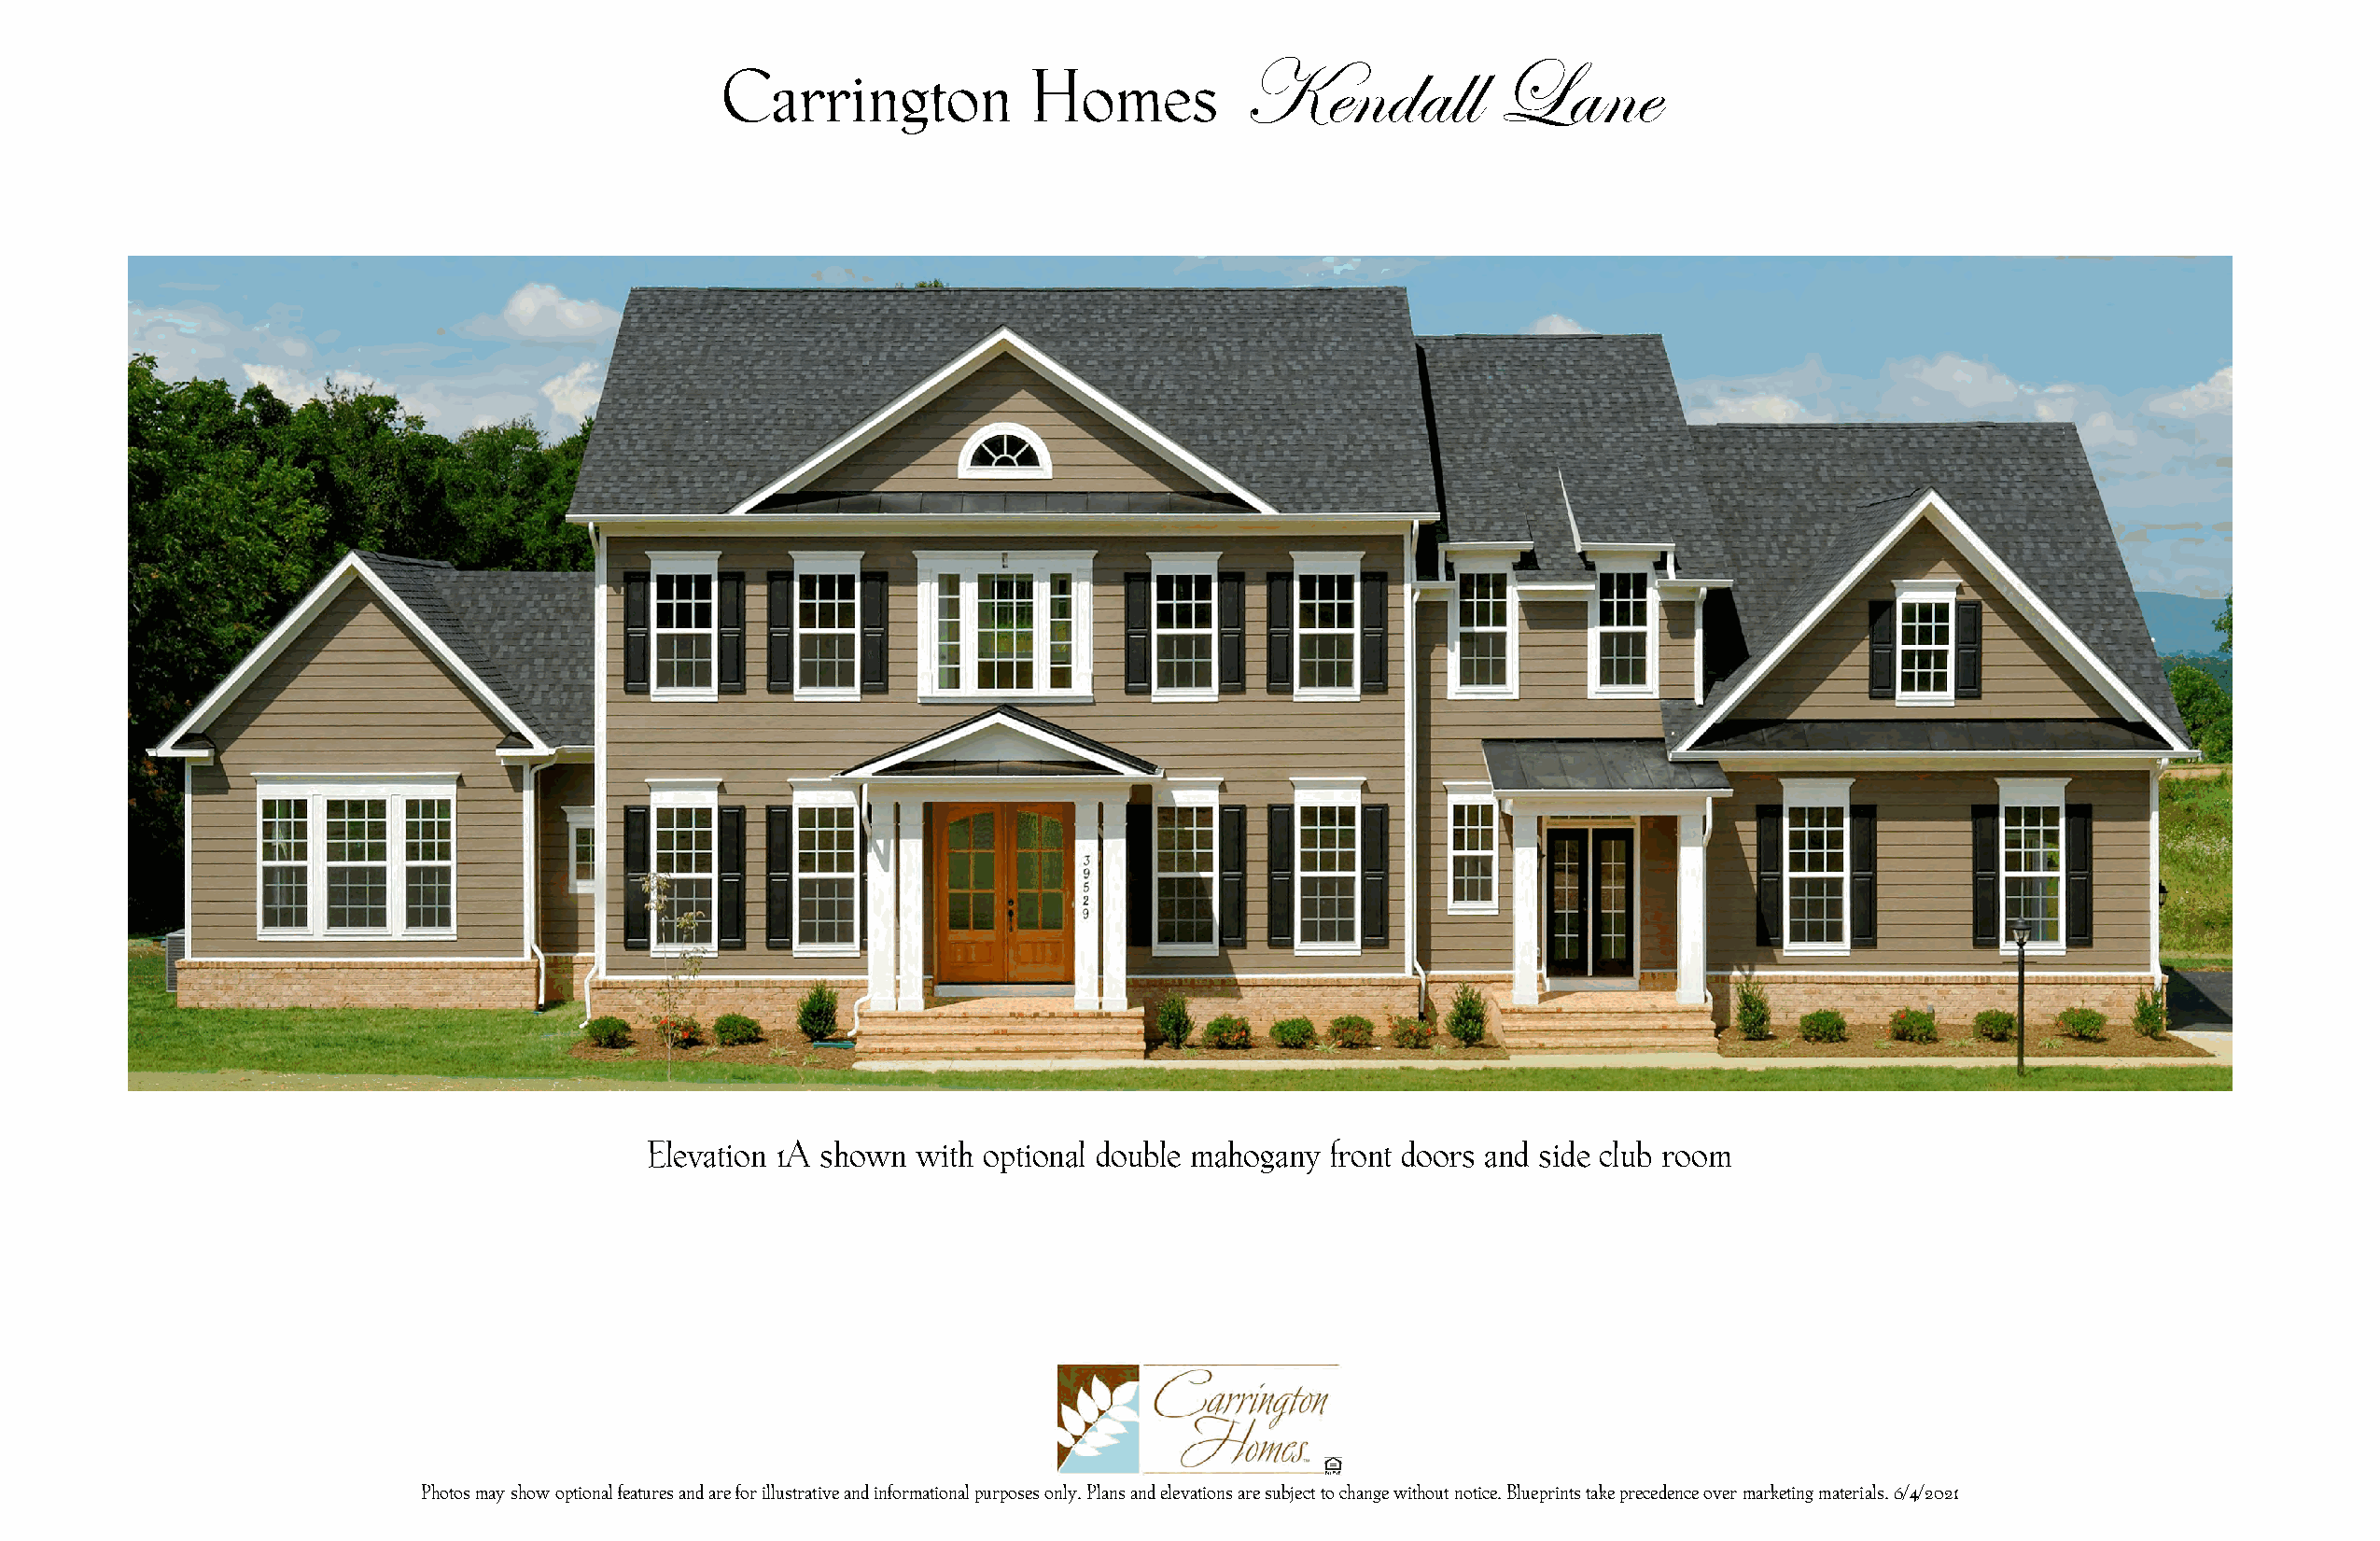
Kendall           Lane
 Carrington            Homes
 Elevation 1A shown with optional double mahogany front doors and side club room
 Photos may show optional features and are for illustrative and informational purposes only. Plans and elevations are subject to change without notice. Blueprints take precedence over marketing materials. 6/4/2021